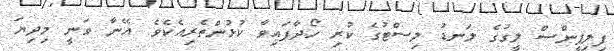
ފިލިޕީންސް ލީގުގެ ލަނޑު ލިސްޓުގެ ކުރި ހޯދާފައިވާ ކުޅުންތެރިއެކެވެ. އޭނާ ވަނީ މިދިޔަ